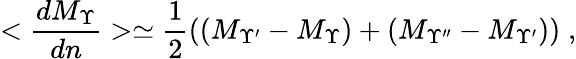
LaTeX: <\frac{dM_{\Upsilon}}{dn}>\simeq\frac{1}{2}((M_{\Upsilon^{\prime}}-M_{\Upsilon})+(M_{\Upsilon^{\prime\prime}}-M_{\Upsilon^{\prime}}))\; ,